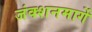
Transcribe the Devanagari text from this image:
जंक्शनमार्गे